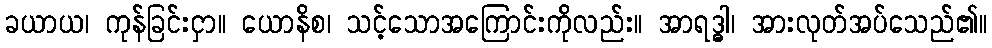
ခယာယ၊ ကုန်ခြင်းငှာ။ ယောနိစ၊ သင့်သောအကြောင်းကိုလည်း။ အာရဒ္ဓါ၊ အားလုတ်အပ်သေည်၏။